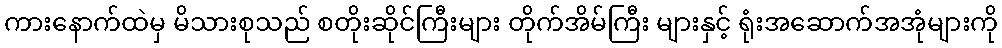
ကားနောက်ထဲမှ မိသားစုသည် စတိုးဆိုင်ကြီးများ တိုက်အိမ်ကြီး များနှင့် ရုံးအဆောက်အအုံများကို